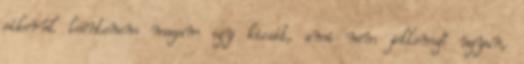
sikerül leöntenem magam egy kicsit, ami nem jellemző ugyan,